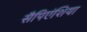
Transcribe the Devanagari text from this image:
सैपिएंशिया